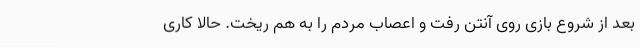
بعد از شروع بازی روی آنتن رفت و اعصاب مردم را به‌ هم ریخت. حالا کاری